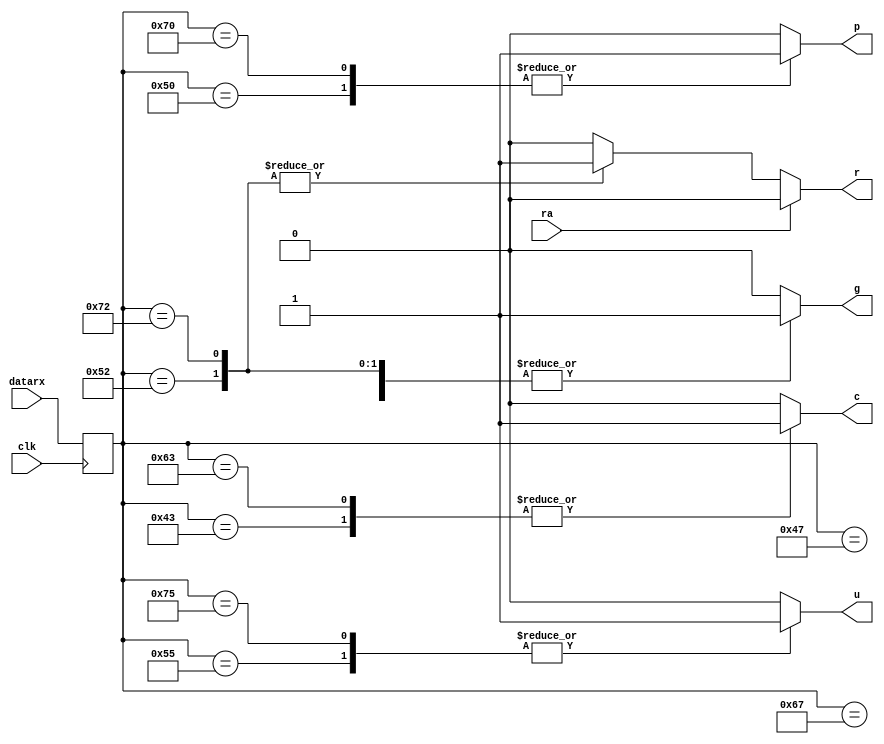
`timescale 1ns / 1ps
//////////////////////////////////////////////////////////////////////////////////
// Company: 
// Engineer: 
// 
// Design Name: 
// Module Name:    txtowatch 
// Project Name: 
// Target Devices: 
// Tool versions: 
// Description: 
//
// Dependencies: 
//
// Revision: 
// Revision 0.01 - File Created
// Additional Comments: 
//
//////////////////////////////////////////////////////////////////////////////////
module rxtowatch(
    input [7:0] datarx,
	 input clk,
	 input ra,
	 output reg r,g,c,u,p
    );
	 
	reg [7:0]olddatarx;
	
	localparam Cl=8'b01000011, cl=8'b01100011,//clear
	           Go=8'b01000111, go=8'b01100111, //go
				  Pa=8'b01010000, pa=8'b01110000,//pause
	           Up=8'b01010101, up=8'b01110101, //up/down
				  Re=8'b01010010, re=8'b01110010;//receive
				  
	always @(*)
	    begin
	    g=0;
		 c=0;
		 p=0;
		 u=0;
		 r=0;
	     case(olddatarx)
		     Cl: begin c=1;g=0; end
			  cl: begin c=1;g=0; end
			  Go: begin g=1; end
			  go: begin g=1; end
			  Pa: begin p=~p;g=1;end
			  pa: begin p=~p;g=1;end
			  Up: begin u=~u;g=1;end
			  up: begin u=~u;g=1;end
			  Re: begin r=1;g=1; end
			  re: begin r=1;g=1; end
			  endcase
			if(ra)r=0;
			  end

	 always @(posedge clk)
	      olddatarx <= datarx;


endmodule